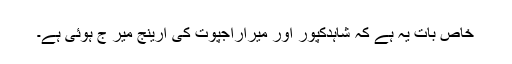
خاص بات یہ ہے کہ شاہدکپور اور میراراجپوت کی ارینج میر ج ہوئی ہے۔